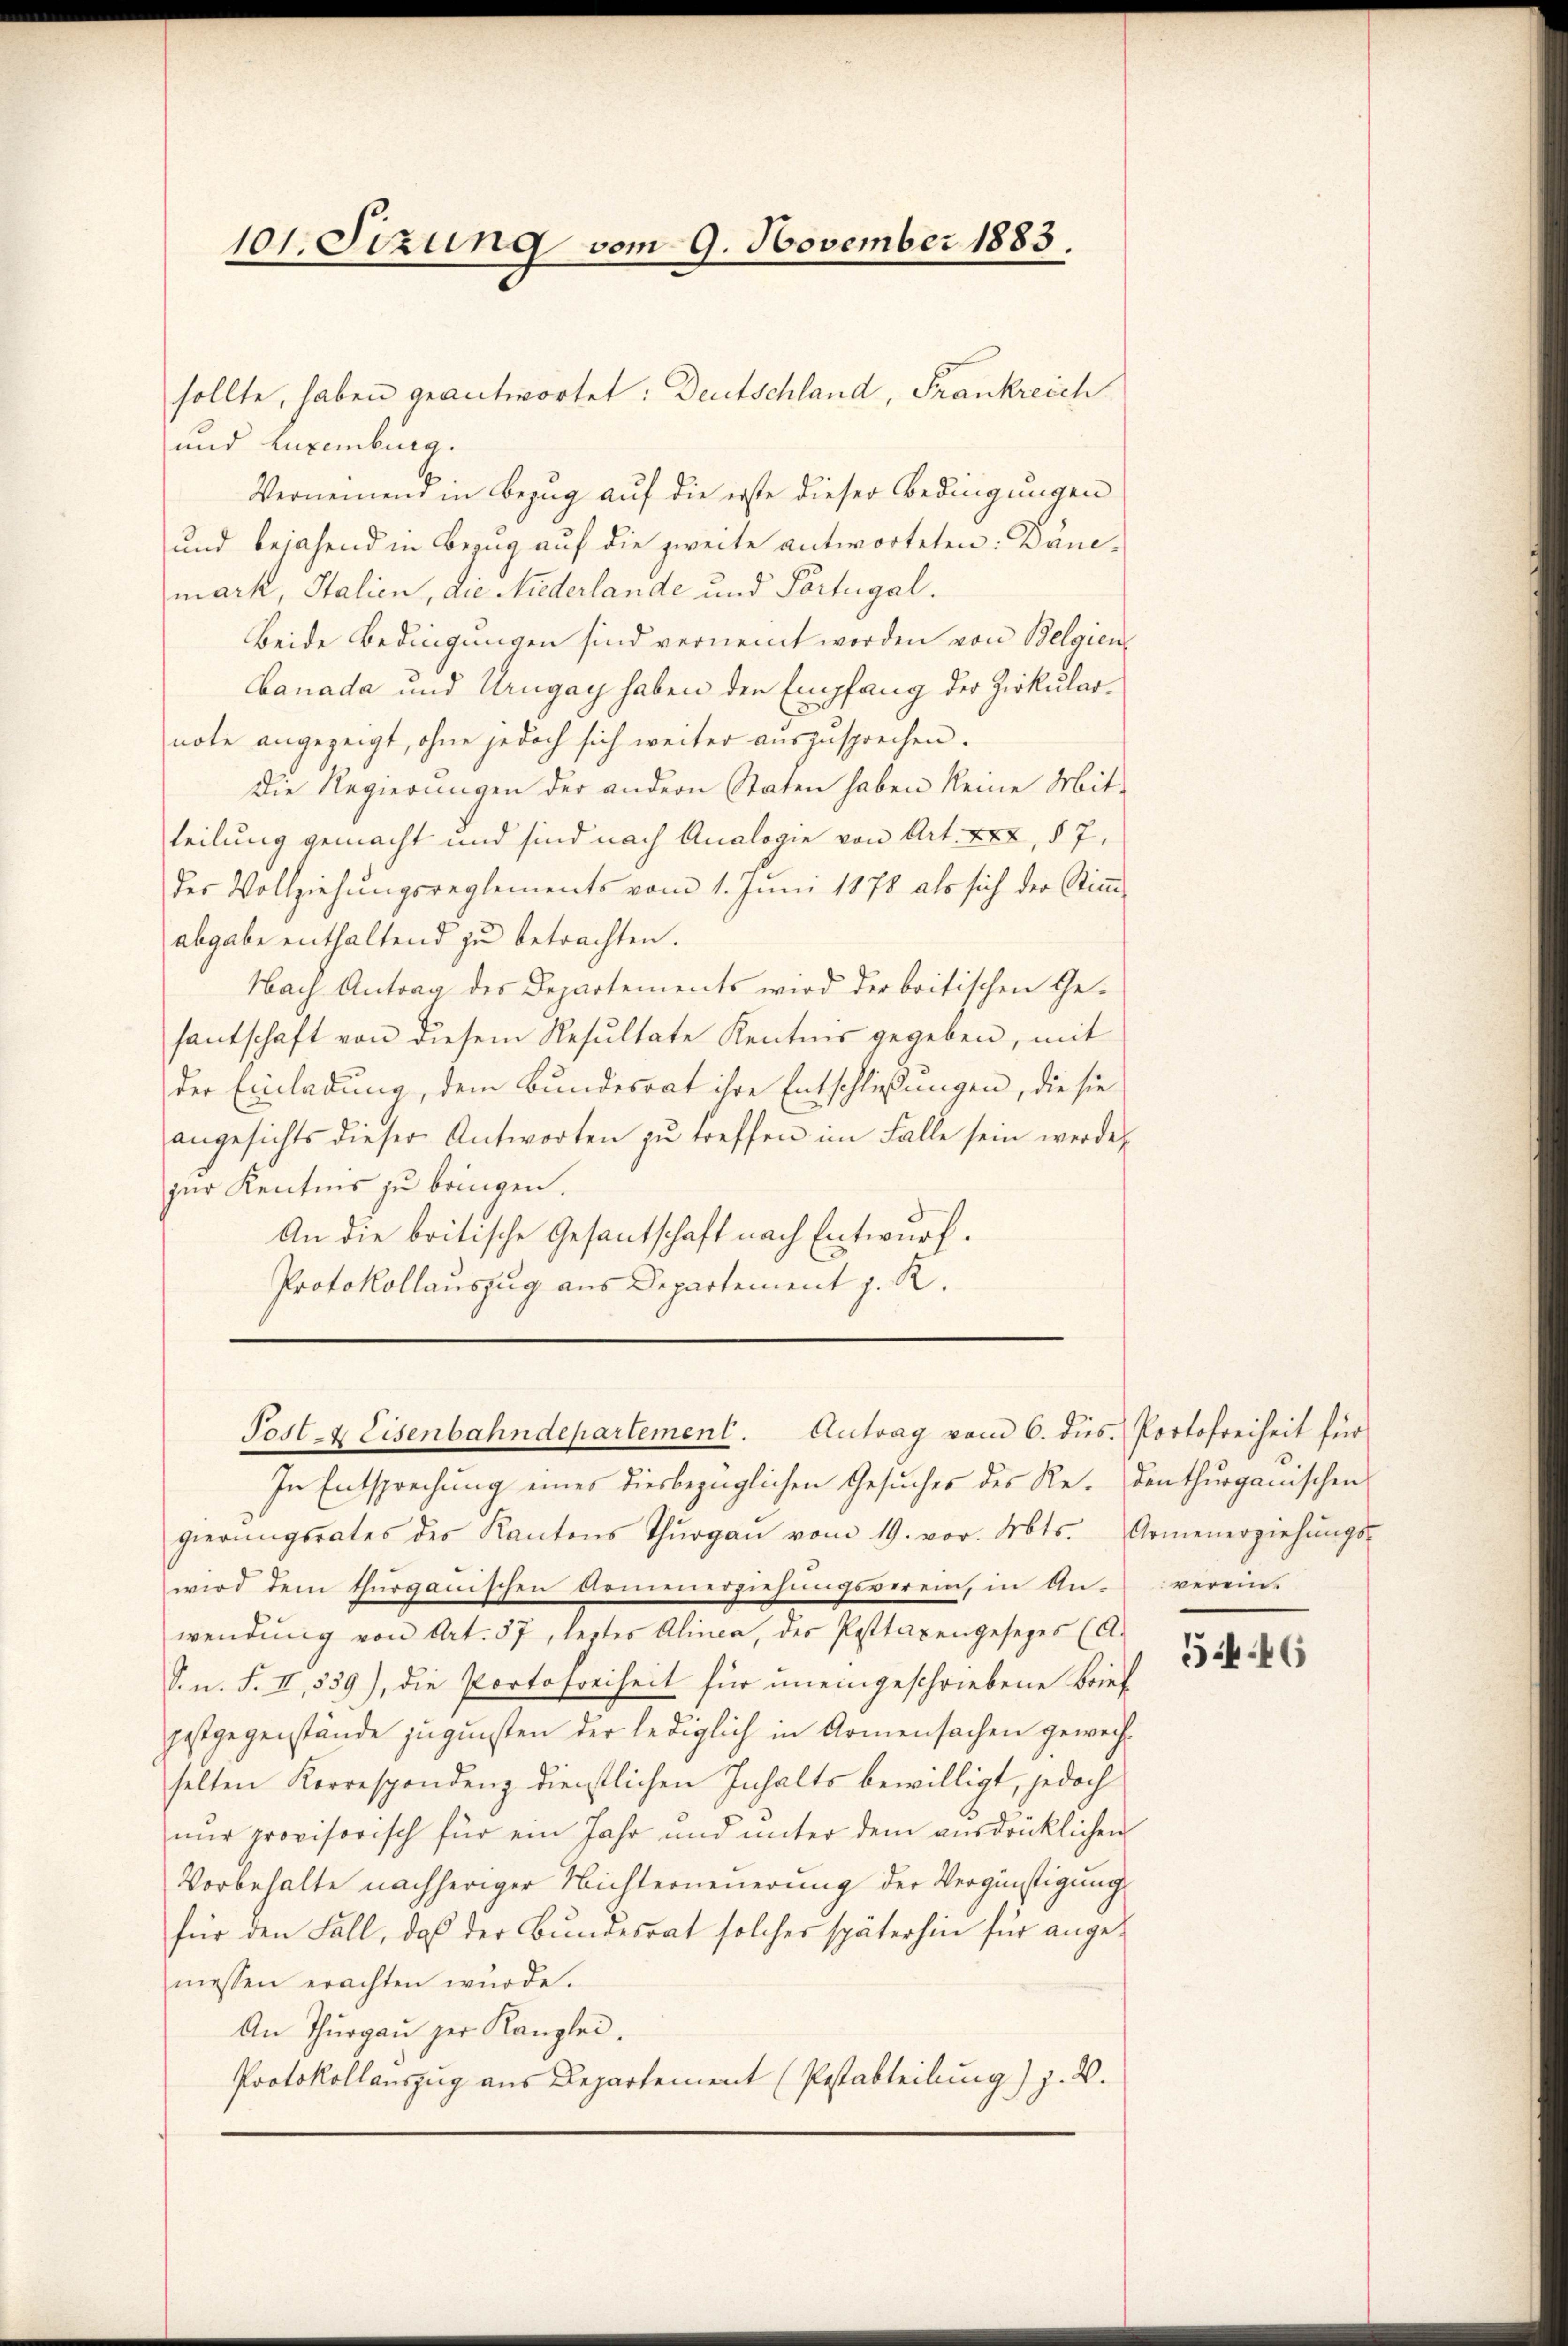
101. Sitzung vom 9. November 1883.

und Luxenburg.
Verneinend in Bezug auf die erste dieser Bedingungen
und bejahend in Bezug auf die zweite antworteten: Danemark, Italien, die Niederlande und Portugal.
Beide Bedingungen sind vernennt worden von Belgienbanada und Urugay haben den Empfang der Zirkularnote angezeigt, ohne jedoch sich weiter auszusprechen.
Die Regierungen der andern Staten haben keine Mit-
teilung gemacht und sind nach Analogie von Art. XXX, § 7,
der Vollziehungsreglements vom 1. Juni 1878 als sich der Stimm-
abgabe enthaltend zu betrachten.
Hay Antrag des Departements wird der britischen Ge-
fantschaft von diesem Resultate Kentnis gegeben, mit
der Einladung, dem Bundesrat ihre Entschließungen, die sie
angesichts dieser Antworten zŭ treffen im Falle sein werde
zur Kentnis zu bringen.
An die britische Gesantschaft nach Entwurf.
Protokollauszug aus Departement z. R.
Post- & Eisenbahndepartement. Antrag vom 6. dies. Portofreiheit für
In Entsprechung eines diesbezüglichen Gesuches des Re-Denthurgauischen
gierŭngsrates des Kantons Thŭrgaŭ vom 19. vor. Mts. Armenerziehŭngs-
wird dem thurgauischen Armenerziehŭngsverein, in Anverein-
wendung von Art. 37, letztes Alinea, des Posttaxengesezes (A.
S. n. F. II, 539), die Portofreiheit für uneingeschriebene Brief
festgegenstände zugunsten der lediglich in Armensachen gewechselten Korrespondenz dienstlichen Inhalts bewilligt, jedoch
nur provisorisch für ein Jahr und unter dem ausdrücklichen
Vorbehalte nachheriger Nichterneuerung der Vergünstigung
für den Fall, daß der Bundesrat solcher späterhin für angemessen erachten wurde.
An Thurgau der Kanzlei.
Protokollauszug aus Departement (Pestabteilung) z. B.

sollte, haben geantwortet: Deutschland, Frankreich

5446